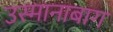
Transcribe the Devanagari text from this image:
उस्मानाबाग